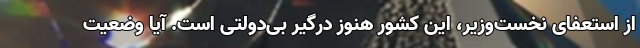
از استعفای نخست‌وزیر، این کشور هنوز درگیر بی‌دولتی است. آیا وضعیت